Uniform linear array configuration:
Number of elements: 8
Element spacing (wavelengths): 0.25
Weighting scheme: kaiser
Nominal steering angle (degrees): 60
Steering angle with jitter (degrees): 59.163
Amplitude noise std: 0.05
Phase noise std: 0.05

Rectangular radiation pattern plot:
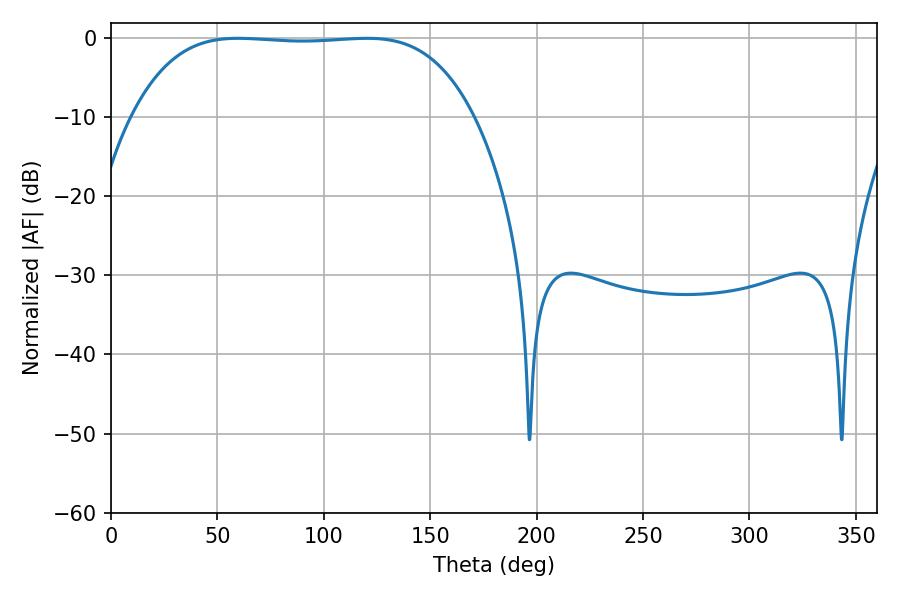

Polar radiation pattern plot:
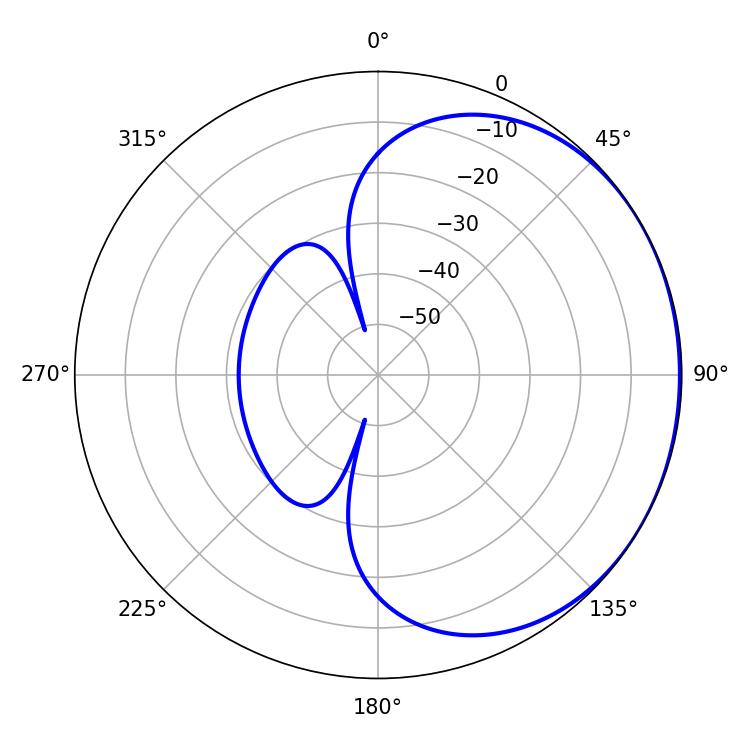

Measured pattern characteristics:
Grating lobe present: FALSE
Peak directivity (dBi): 0.7439
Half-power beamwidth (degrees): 124.56
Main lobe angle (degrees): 59.76